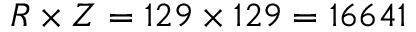
R \times Z = 1 2 9 \times 1 2 9 = 1 6 6 4 1